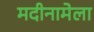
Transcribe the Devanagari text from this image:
मदीनामेला